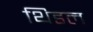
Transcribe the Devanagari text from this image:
थिडल